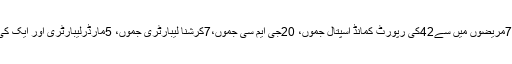
جموں صوبے میں جمعہ کو مثبت قرار دئے گئے75مریضوں میں سے42کی رپورٹ کمانڈ اسپتال جموں، 20جی ایم سی جموں،7کرشنا لیبارٹری جموں، 5مارڈرلیبارٹری اور ایک کی رپورٹ ’’کور‘‘لیبارٹری جموں سے مثبت آئی ہے۔